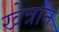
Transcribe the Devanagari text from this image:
खेत्रान